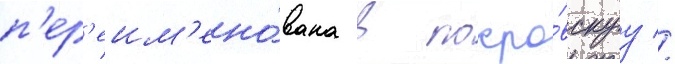
п'ер'еим'ено́вана в покро́вскуу //